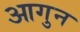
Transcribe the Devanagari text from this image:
आगुन